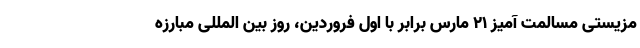
مزیستی مسالمت آمیز 21 مارس برابر با اول فروردین، روز بین المللی مبارزه